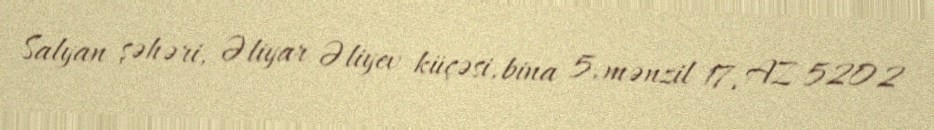
Salyan şəhəri, Əliyar Əliyev küçəsi, bina 5, mənzil 17, AZ 5202